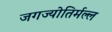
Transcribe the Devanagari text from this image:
जगज्योतिर्मल्ल